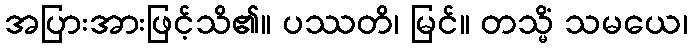
အပြားအားဖြင့်သိ၏။ ပဿတိ၊ မြင်။ တသ္မိံ သမယေ၊